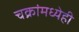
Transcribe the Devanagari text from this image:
चक्रांमध्येही